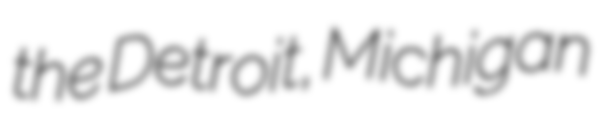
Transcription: the Detroit, Michigan